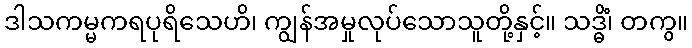
ဒါသကမ္မကရပုရိသေဟိ၊ ကျွန်အမှုလုပ်သောသူတို့နှင့်။ သဒ္ဓိံ၊ တကွ။